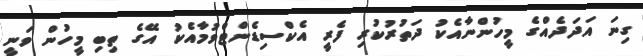
ގިނަ އަދަދެއްގެ މީހުންނާއެކު ދަތުރުކުރި ފެރީ އެކްސިޑެންޓްވުމާއެކު އޭގެ ތިބި މީހުން ވަނީ